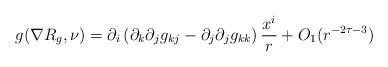
LaTeX: \begin{align*}g(\nabla R_g,\nu)&=\partial_i\left(\partial_k\partial_jg_{kj} - \partial_j\partial_jg_{kk}\right)\frac{x^i}{r} + O_1(r^{-2\tau-3}) \end{align*}